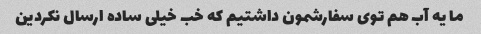
ما یه آب هم توی سفارشمون داشتیم که خب خیلی ساده ارسال نکردین